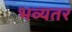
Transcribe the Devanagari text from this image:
भव्यतर